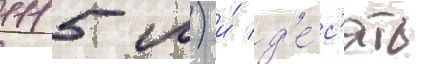
1115 м) и́ д'е́с'ять